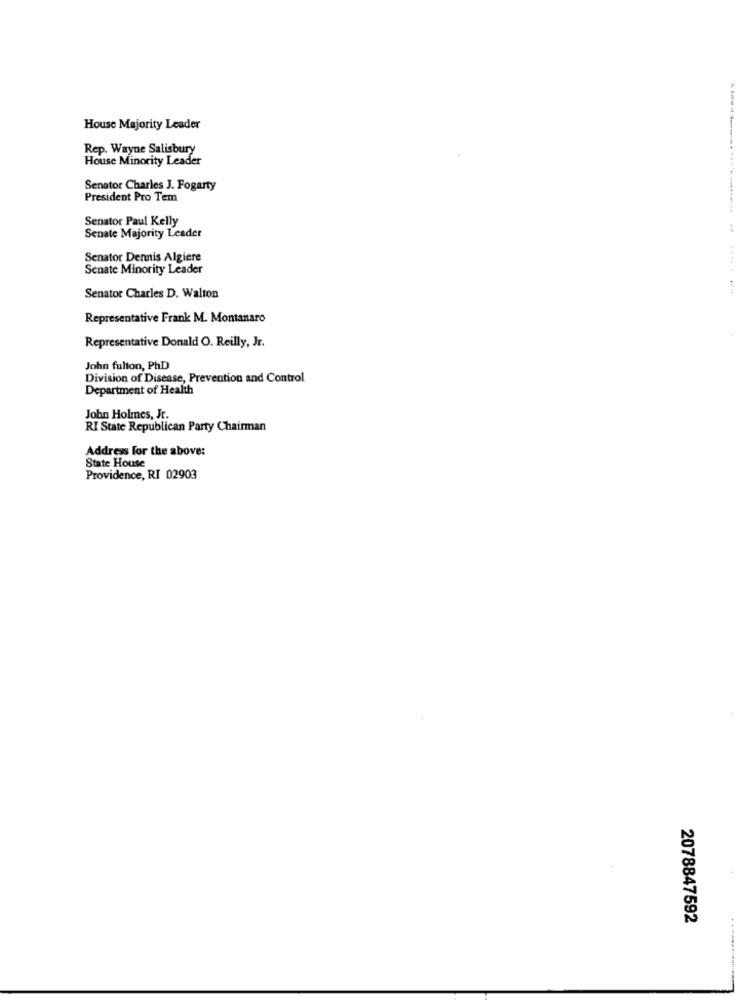
House Majority Leader
Rep. Wayne Salisbury
House Minority Leader
Senator Charles J. Fogarty
President Pro Tem
Senator Paul Kelly
Senate Majority Leader
Senator Dennis Algiere
Senate Minority Leader
.....
Senator Charles D. Walton
Representative Frank M. Montanaro
Representative Donald O. Reilly, Jr.
John fulton, PhD
Division of Disease, Prevention and Control
Department of Health
John Holmes, Jr.
RI State Republican Party Chairman
Address for the above:
State House
Providence, RI 02903
2078847592